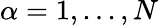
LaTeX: \alpha=1,...,N